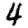
Digit: 4